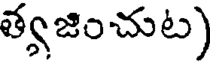
త్వజించుట)